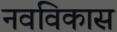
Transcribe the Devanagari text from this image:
नवविकास